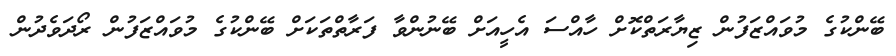
ބޭންކުގެ މުވައްޒަފުން ޒިޔާރަތްކޮށް ހާއްސަ އެހީއަށް ބޭނުންވާ ފަރާތްތަކަށް ބޭންކުގެ މުވައްޒަފުން ރޯދަވެދުން